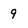
Character: 9